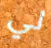
لي